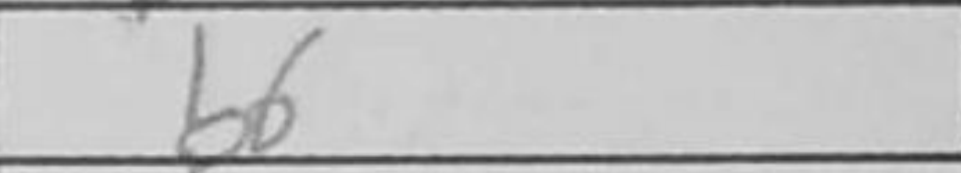
Transcription: b6